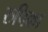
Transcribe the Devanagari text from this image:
रुपिका